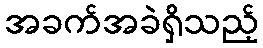
အခက်အခဲရှိသည့်